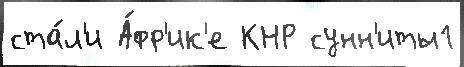
ста́л'и А́фр'ик'е КНР сунн'иты1